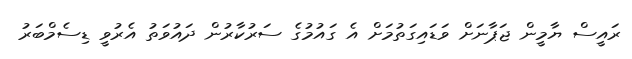
ރައީސް ޔާމީން ޖަޕާނަށް ވަޑައިގަތުމަށް އެ ގައުމުގެ ސަރުކާރުން ދައުވަތު އެރުވީ ޑިސެމްބަރު